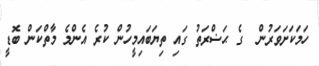
ހަމަކަށަވަރުން  ގެ ޙަޟްރަތު ގައި ތިޔަބައިމީހުން ކުރެ އެންމެ މާތްކަން ބޮޑީ